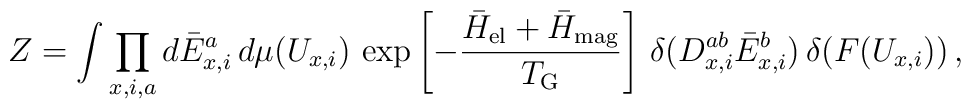
Z = \int \prod\limits_{x,i,a} d\bar E_{x,i}^a \, d\mu(U_{x,i}) \,    \exp\left[- {\bar H_{\rm el}+ \bar H_{\rm mag} \over T_{\rm G}} \right] \,    \delta(D_{x,i}^{ab} \bar E_{x,i}^b) \,  \delta(F(U_{x,i})) \,,